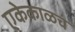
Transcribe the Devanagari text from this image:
एकेकाळचं